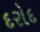
દરોદ